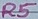
Text: R5